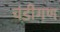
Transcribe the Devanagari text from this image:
चंडीगण